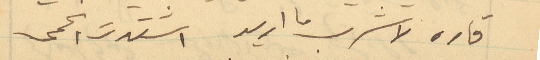
قاره لاشرب ما اريد اشتدت الحمى